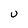
Character: U